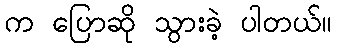
က ပြောဆို သွားခဲ့ ပါတယ်။